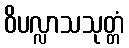
ဝိပလ္လာသသုတ္တံ